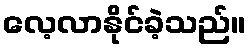
လေ့လာနိုင်ခဲ့သည်။